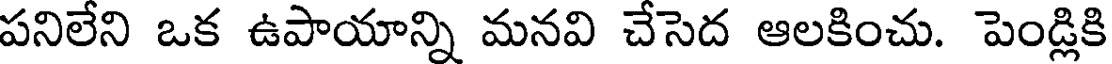
పనిలేని ఒక ఉపాయాన్ని మనవి చేసెద ఆలకించు. పెండ్లికి